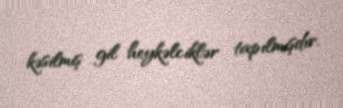
kəsilmiş gil heykəlciklər tapılmışdır.